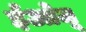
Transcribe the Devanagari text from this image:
ईओजू